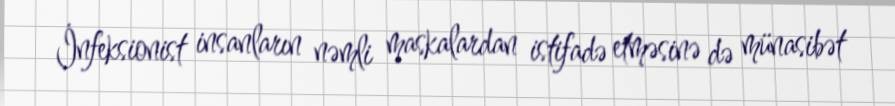
İnfeksionist insanların nəmli maskalardan istifadə etməsinə də münasibət